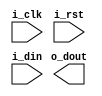
module encoder
   #(
   	parameter DATA_WIDTH = 8,
   	parameter NUM_DSP_PER_LINE = 16
    )(
    	input                   i_clk,	
    	input                   i_rst,
  		input [NUM_DSP_PER_LINE*48-1:0]  i_din,
  		output reg [15:0]       o_dout
	 );

//-------------------------------------------------------------------------------------------------
// Edge detection block
//-------------------------------------------------------------------------------------------------


wire [NUM_DSP_PER_LINE*48-1:0] tmp_data;
wire [NUM_DSP_PER_LINE*48-1:0] tmp_data1;
wire [NUM_DSP_PER_LINE*48-1:0] tmp_data2;

// Detect negative edge
genvar id1;
generate 
	for(id1 = 2; id1 < NUM_DSP_PER_LINE*48 - 1 ; id1 = id1 + 1) begin
		assign tmp_data1[id1] =  ~i_din[id1-2] & ~i_din[id1-1] & i_din[id1] & i_din[id1+1];
	end
endgenerate

// Detect positive edge
//genvar id2;
//generate 
//	for(id2 = 2; id2 < NUM_DSP*48 - 1; id2 = id2 + 1) begin
//		assign tmp_data2[id2] =  i_din[id2-2] & i_din[id2-1] & ~i_din[id2] & ~i_din[id2+1];
//	end
//endgenerate


assign tmp_data1[0] = {~i_din[0] & i_din[1] & i_din[2] & i_din[3]} ? 1'b1: 1'b0;
assign tmp_data1[1] = {~i_din[0] & ~i_din[1] & i_din[2] & i_din[3]} ? 1'b1: 1'b0;
assign tmp_data1[NUM_DSP_PER_LINE*48-1] = 0;
//assign tmp_data1[3] = {~i_din[0] & ~i_din[1] & ~i_din[2] & i_din[3] & i_din[4]} ? 1'b1: 1'b0;

//assign tmp_data2[NUM_DSP*48-1:NUM_DSP*48-2] = 0;
//assign tmp_data2[0] = {i_din[0] & ~i_din[1] & ~i_din[2] & ~i_din[3]} ? 1'b1: 1'b0;
//assign tmp_data2[1] = {i_din[0] & i_din[1] & ~i_din[2] & ~i_din[3]} ? 1'b1: 1'b0;

assign tmp_data = tmp_data1;


//-------------------------------------------------------------------------------------------------
// Encoder
//-------------------------------------------------------------------------------------------------

`ifdef PRIORITY_ENCODER

// define the number of required encoders
localparam NUM_ENC = 12;

wire [NUM_ENC-1:0] tmp_ynem;
wire [NUM_ENC-1:0] tmp_yen;
wire [5:0] tmp_ecdr_out [NUM_ENC-1:0];
wire [9:0] tmp_offset [NUM_ENC-1:0];
reg [10:0] tmp_out;

genvar iblk;
generate 
	for(iblk = 0; iblk < NUM_ENC; iblk = iblk + 1) begin
		_48_6_encoder #(
			.INDEX(iblk)		 	
	 	)U_48_6_ENCODER_INST (
			.i_clk(i_clk),
			.i_rst(i_rst),
			.i_en(1'b1),
			.i_din(tmp_data[((iblk+1)*48 - 1) : (iblk*48)]),
			.o_dout(tmp_ecdr_out[iblk]),
			.o_offset(tmp_offset[iblk]),	
			.o_Yen(tmp_yen[iblk]),
			.o_Ynem(tmp_ynem[iblk])
    		 );
	end
endgenerate


always @(posedge i_clk or posedge i_rst) begin
	if(i_rst)
		tmp_out <= 0;
	else     
//		if(tmp_ynem[19]) 
//			tmp_out <= tmp_offset[19] + tmp_ecdr_out[19]; 
//		else if(tmp_ynem[18]) 
//		   tmp_out <= tmp_offset[18] + tmp_ecdr_out[18]; 
//		else if(tmp_ynem[17]) 
//		   tmp_out <= tmp_offset[17] + tmp_ecdr_out[17]; 
//		else if(tmp_ynem[16]) 
//		   tmp_out <= tmp_offset[16] + tmp_ecdr_out[16]; 
		if(tmp_ynem[15]) 
		   tmp_out <= tmp_offset[15] + tmp_ecdr_out[15];	   
		else if(tmp_ynem[14])
		   tmp_out <= tmp_offset[14] + tmp_ecdr_out[14]; 
		else if(tmp_ynem[13])  
		   tmp_out <= tmp_offset[13] + tmp_ecdr_out[13]; 
	        else if(tmp_ynem[12]) 
		   tmp_out <= tmp_offset[12] + tmp_ecdr_out[12]; 
		else if(tmp_ynem[11]) 
		   tmp_out <= tmp_offset[11] + tmp_ecdr_out[11]; 
		else if(tmp_ynem[10]) 
	           tmp_out <= tmp_offset[10] + tmp_ecdr_out[10]; 
		else if(tmp_ynem[9]) 
		   tmp_out <= tmp_offset[9] + tmp_ecdr_out[9]; 
		else if(tmp_ynem[8]) 
		   tmp_out <= tmp_offset[8] + tmp_ecdr_out[8]; 
		else if(tmp_ynem[7]) 
		   tmp_out <= tmp_offset[7] + tmp_ecdr_out[7]; 
		else if(tmp_ynem[6]) 
		   tmp_out <= tmp_offset[6] + tmp_ecdr_out[6]; 	   
		else if(tmp_ynem[5]) 
		   tmp_out <= tmp_offset[5] + tmp_ecdr_out[5]; 
		else if(tmp_ynem[4]) 
		   tmp_out <= tmp_offset[4] + tmp_ecdr_out[4]; 
		else if(tmp_ynem[3]) 
		   tmp_out <= tmp_offset[3] + tmp_ecdr_out[3]; 
		else if(tmp_ynem[2]) 
		   tmp_out <= tmp_offset[2] + tmp_ecdr_out[2]; 
		else if(tmp_ynem[1]) 
		   tmp_out <= tmp_offset[1] + tmp_ecdr_out[1]; 
		else if(tmp_ynem[0]) 
		   tmp_out <= tmp_offset[0] + tmp_ecdr_out[0];
		else 
		   tmp_out <= 0;   	
end

always @(posedge i_clk or posedge i_rst) begin
	if(i_rst)
	   o_dout <= 0;
	else
	   o_dout = tmp_out;
end

`endif



`ifdef MULTIEDGE_ENCODER

wire [15:0] tmp_sum_position_ff [NUM_DSP_PER_LINE * NUM_DSP_PER_LINE - 1 : 0];

// Each edge_sum contains 4-level pipelines 
genvar iblk;
generate
	for(iblk = 0; iblk < NUM_DSP_PER_LINE; iblk = iblk + 1) begin : edge_sum_block
 		edge_sum #(
	  		.INDEX(iblk)
	 	) U_EDGE_SUM_INST (    
			.i_clk(i_clk),
			.i_rst(i_rst),
			.i_din(tmp_data[((iblk+1)*48-1):(iblk*48)]),
    		.o_sum_position(tmp_sum_position_ff[iblk])
	 	);
	 end
endgenerate

// =====================================================================================
// Pipelines for the sum of results from different delay lines
// =====================================================================================
genvar ipipe;
genvar iadder;
generate
    for(ipipe = 0; ipipe < $clog2(NUM_DSP_PER_LINE); ipipe = ipipe + 1) begin : pipeline
        for(iadder = 0; iadder < NUM_DSP_PER_LINE/(2**(ipipe+1)); iadder = iadder + 1) begin : adder
            c_addsub_0 U_ADDER_INST (                                                            
                .A(tmp_sum_position_ff[iadder*2+ipipe*NUM_DSP_PER_LINE]),
                .B(tmp_sum_position_ff[iadder*2+ipipe*NUM_DSP_PER_LINE+1]),
                .CLK(i_clk),
                .S(tmp_sum_position_ff[iadder+(ipipe+1)*NUM_DSP_PER_LINE])
            );
        end  
    end
endgenerate
	 
// Level 2		  
always @(posedge i_clk or posedge i_rst) begin
	if(i_rst)
		o_dout <= 0;
	else 
		o_dout <= tmp_sum_position_ff[$clog2(NUM_DSP_PER_LINE)*NUM_DSP_PER_LINE];
end

`endif

endmodule